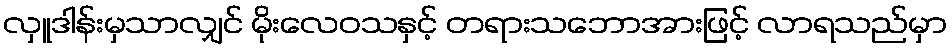
လှူဒါန်းမှသာလျှင် မိုးလေဝသနှင့် တရားသဘောအားဖြင့် လာရသည်မှာ